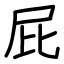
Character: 屁